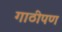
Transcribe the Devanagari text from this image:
गाठीपण